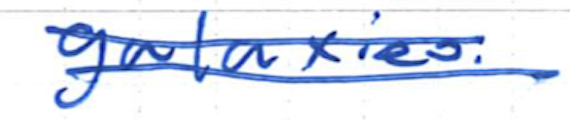
Text: galaxies.
Cross-out: double-line
Writing tool: ballpoint